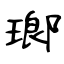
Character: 瑯